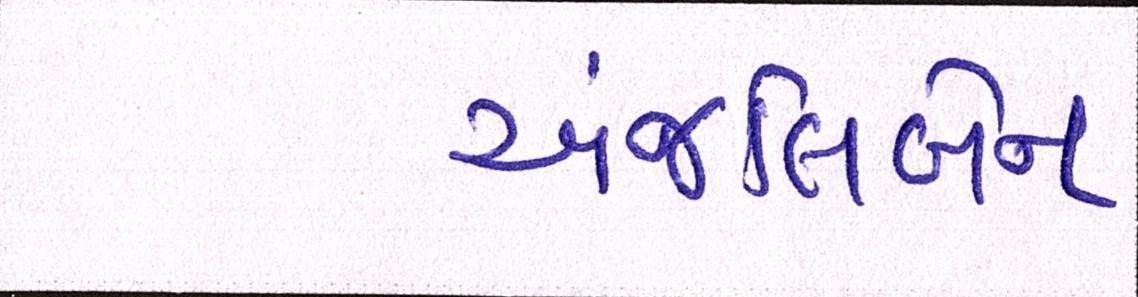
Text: અંજલિબેન